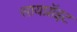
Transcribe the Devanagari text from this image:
सायप्रॉइट